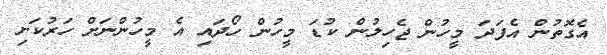
އެގޮތުން އެފަދަ މީހުން ޖެހިލުން ކުޑަ މީހުން ހޯދައި އެ މީހުންނަށް ހަރުކަށި